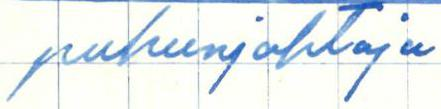
puheenjohtaja